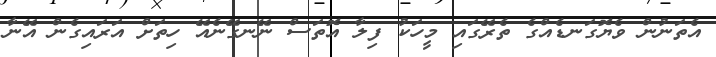
އެތަނުން ވެޔޮގަނޑެއްގެ ތެރޭގައި މީހަކު ފިލާ އޮތަސް ނޭނގޭނެއޭ ހިތަށް އަރައިގެން އޭނާ